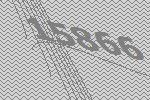
15866